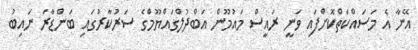
އޭނާ އެ މަސައްކަތްކޮށްފައި ވަނީ ރައީސް މައުމޫން އަބްދުލްގައްޔޫމްގެ ސަރުކާރުގައި ބަންޑާރަ ނައިބު